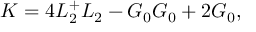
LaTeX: K = 4 L _ { 2 } ^ { + } L _ { 2 } - G _ { 0 } G _ { 0 } + 2 G _ { 0 } ,